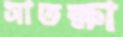
সাতক্ষা